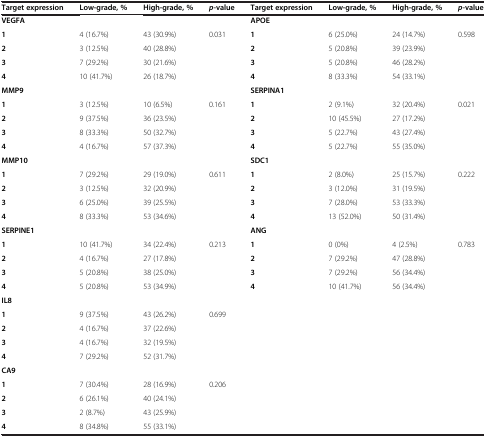
<table><thead><tr><td><b>Target expression</b></td><td><b>Low-grade, %</b></td><td><b>High-grade, %</b></td><td><b><i>p</i>-value</b></td><td><b>Target expression</b></td><td><b>Low-grade, %</b></td><td><b>High-grade, %</b></td><td><b><i>p</i>-value</b></td></tr></thead><tbody><tr><td><b>VEGFA</b></td><td></td><td></td><td></td><td><b>APOE</b></td><td></td><td></td><td></td></tr><tr><td><b>1</b></td><td>4 (16.7%)</td><td>43 (30.9%)</td><td>0.031</td><td><b>1</b></td><td>6 (25.0%)</td><td>24 (14.7%)</td><td>0.598</td></tr><tr><td><b>2</b></td><td>3 (12.5%)</td><td>40 (28.8%)</td><td></td><td><b>2</b></td><td>5 (20.8%)</td><td>39 (23.9%)</td><td></td></tr><tr><td><b>3</b></td><td>7 (29.2%)</td><td>30 (21.6%)</td><td></td><td><b>3</b></td><td>5 (20.8%)</td><td>46 (28.2%)</td><td></td></tr><tr><td><b>4</b></td><td>10 (41.7%)</td><td>26 (18.7%)</td><td></td><td><b>4</b></td><td>8 (33.3%)</td><td>54 (33.1%)</td><td></td></tr><tr><td><b>MMP9</b></td><td></td><td></td><td></td><td><b>SERPINA1</b></td><td></td><td></td><td></td></tr><tr><td><b>1</b></td><td>3 (12.5%)</td><td>10 (6.5%)</td><td>0.161</td><td><b>1</b></td><td>2 (9.1%)</td><td>32 (20.4%)</td><td>0.021</td></tr><tr><td><b>2</b></td><td>9 (37.5%)</td><td>36 (23.5%)</td><td></td><td><b>2</b></td><td>10 (45.5%)</td><td>27 (17.2%)</td><td></td></tr><tr><td><b>3</b></td><td>8 (33.3%)</td><td>50 (32.7%)</td><td></td><td><b>3</b></td><td>5 (22.7%)</td><td>43 (27.4%)</td><td></td></tr><tr><td><b>4</b></td><td>4 (16.7%)</td><td>57 (37.3%)</td><td></td><td><b>4</b></td><td>5 (22.7%)</td><td>55 (35.0%)</td><td></td></tr><tr><td><b>MMP10</b></td><td></td><td></td><td></td><td><b>SDC1</b></td><td></td><td></td><td></td></tr><tr><td><b>1</b></td><td>7 (29.2%)</td><td>29 (19.0%)</td><td>0.611</td><td><b>1</b></td><td>2 (8.0%)</td><td>25 (15.7%)</td><td>0.222</td></tr><tr><td><b>2</b></td><td>3 (12.5%)</td><td>32 (20.9%)</td><td></td><td><b>2</b></td><td>3 (12.0%)</td><td>31 (19.5%)</td><td></td></tr><tr><td><b>3</b></td><td>6 (25.0%)</td><td>39 (25.5%)</td><td></td><td><b>3</b></td><td>7 (28.0%)</td><td>53 (33.3%)</td><td></td></tr><tr><td><b>4</b></td><td>8 (33.3%)</td><td>53 (34.6%)</td><td></td><td><b>4</b></td><td>13 (52.0%)</td><td>50 (31.4%)</td><td></td></tr><tr><td><b>SERPINE1</b></td><td></td><td></td><td></td><td><b>ANG</b></td><td></td><td></td><td></td></tr><tr><td><b>1</b></td><td>10 (41.7%)</td><td>34 (22.4%)</td><td>0.213</td><td><b>1</b></td><td>0 (0%)</td><td>4 (2.5%)</td><td>0.783</td></tr><tr><td><b>2</b></td><td>4 (16.7%)</td><td>27 (17.8%)</td><td></td><td><b>2</b></td><td>7 (29.2%)</td><td>47 (28.8%)</td><td></td></tr><tr><td><b>3</b></td><td>5 (20.8%)</td><td>38 (25.0%)</td><td></td><td><b>3</b></td><td>7 (29.2%)</td><td>56 (34.4%)</td><td></td></tr><tr><td><b>4</b></td><td>5 (20.8%)</td><td>53 (34.9%)</td><td></td><td><b>4</b></td><td>10 (41.7%)</td><td>56 (34.4%)</td><td></td></tr><tr><td><b>IL8</b></td><td></td><td></td><td></td><td></td><td></td><td></td><td></td></tr><tr><td><b>1</b></td><td>9 (37.5%)</td><td>43 (26.2%)</td><td>0.699</td><td></td><td></td><td></td><td></td></tr><tr><td><b>2</b></td><td>4 (16.7%)</td><td>37 (22.6%)</td><td></td><td></td><td></td><td></td><td></td></tr><tr><td><b>3</b></td><td>4 (16.7%)</td><td>32 (19.5%)</td><td></td><td></td><td></td><td></td><td></td></tr><tr><td><b>4</b></td><td>7 (29.2%)</td><td>52 (31.7%)</td><td></td><td></td><td></td><td></td><td></td></tr><tr><td><b>CA9</b></td><td></td><td></td><td></td><td></td><td></td><td></td><td></td></tr><tr><td><b>1</b></td><td>7 (30.4%)</td><td>28 (16.9%)</td><td>0.206</td><td></td><td></td><td></td><td></td></tr><tr><td><b>2</b></td><td>6 (26.1%)</td><td>40 (24.1%)</td><td></td><td></td><td></td><td></td><td></td></tr><tr><td><b>3</b></td><td>2 (8.7%)</td><td>43 (25.9%)</td><td></td><td></td><td></td><td></td><td></td></tr><tr><td><b>4</b></td><td>8 (34.8%)</td><td>55 (33.1%)</td><td></td><td></td><td></td><td></td><td></td></tr></tbody></table>